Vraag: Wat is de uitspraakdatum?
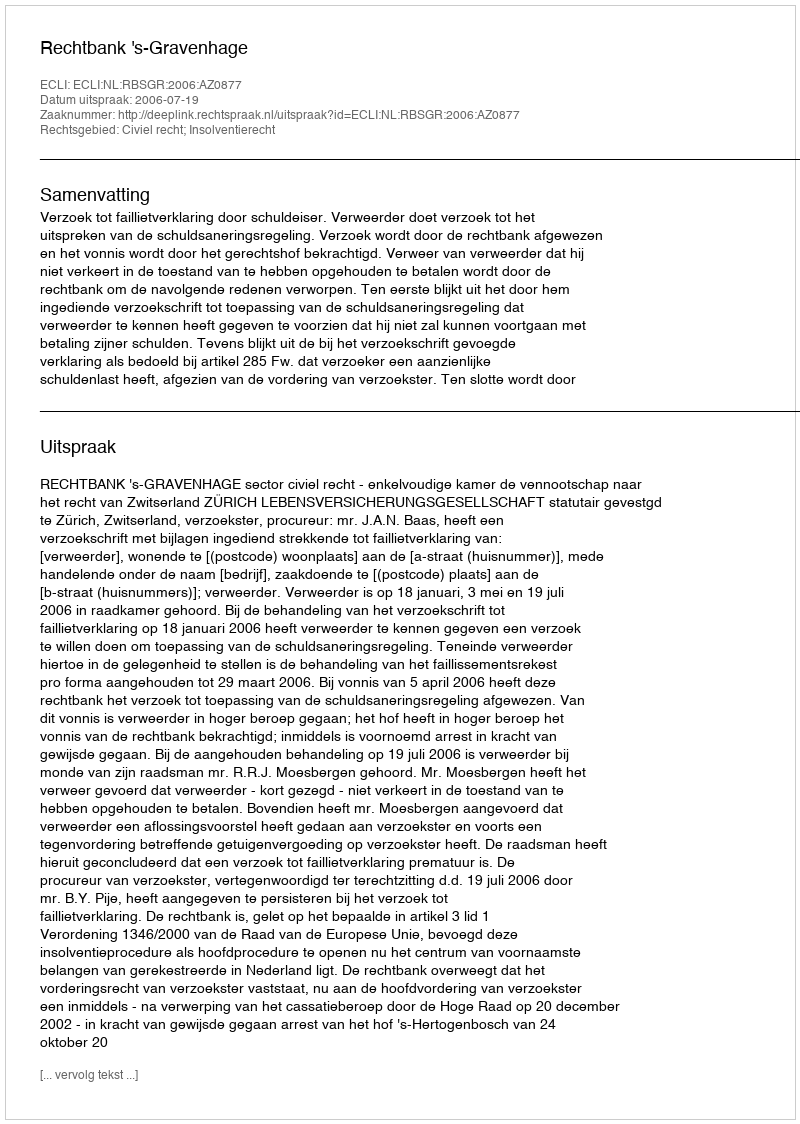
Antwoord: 2006-07-19